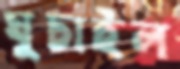
ঘুচাইল